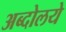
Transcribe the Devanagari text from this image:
अब्दोलये